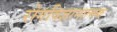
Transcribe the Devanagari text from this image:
रोगविज्ञानात्मक